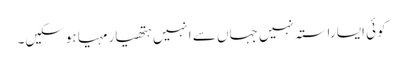
کوئی ایسا راستہ نہیں جہاں سے انہیں ہتھیار مہیا ہوسکیں۔